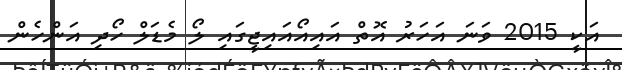
އަކީ 2015 ވަނަ އަހަރު އޮތް އައިއޯއައިޖީގައި ލޯ މެޑަލް ހޯދި އަންހެން